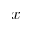
x